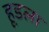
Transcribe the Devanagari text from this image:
हूडला